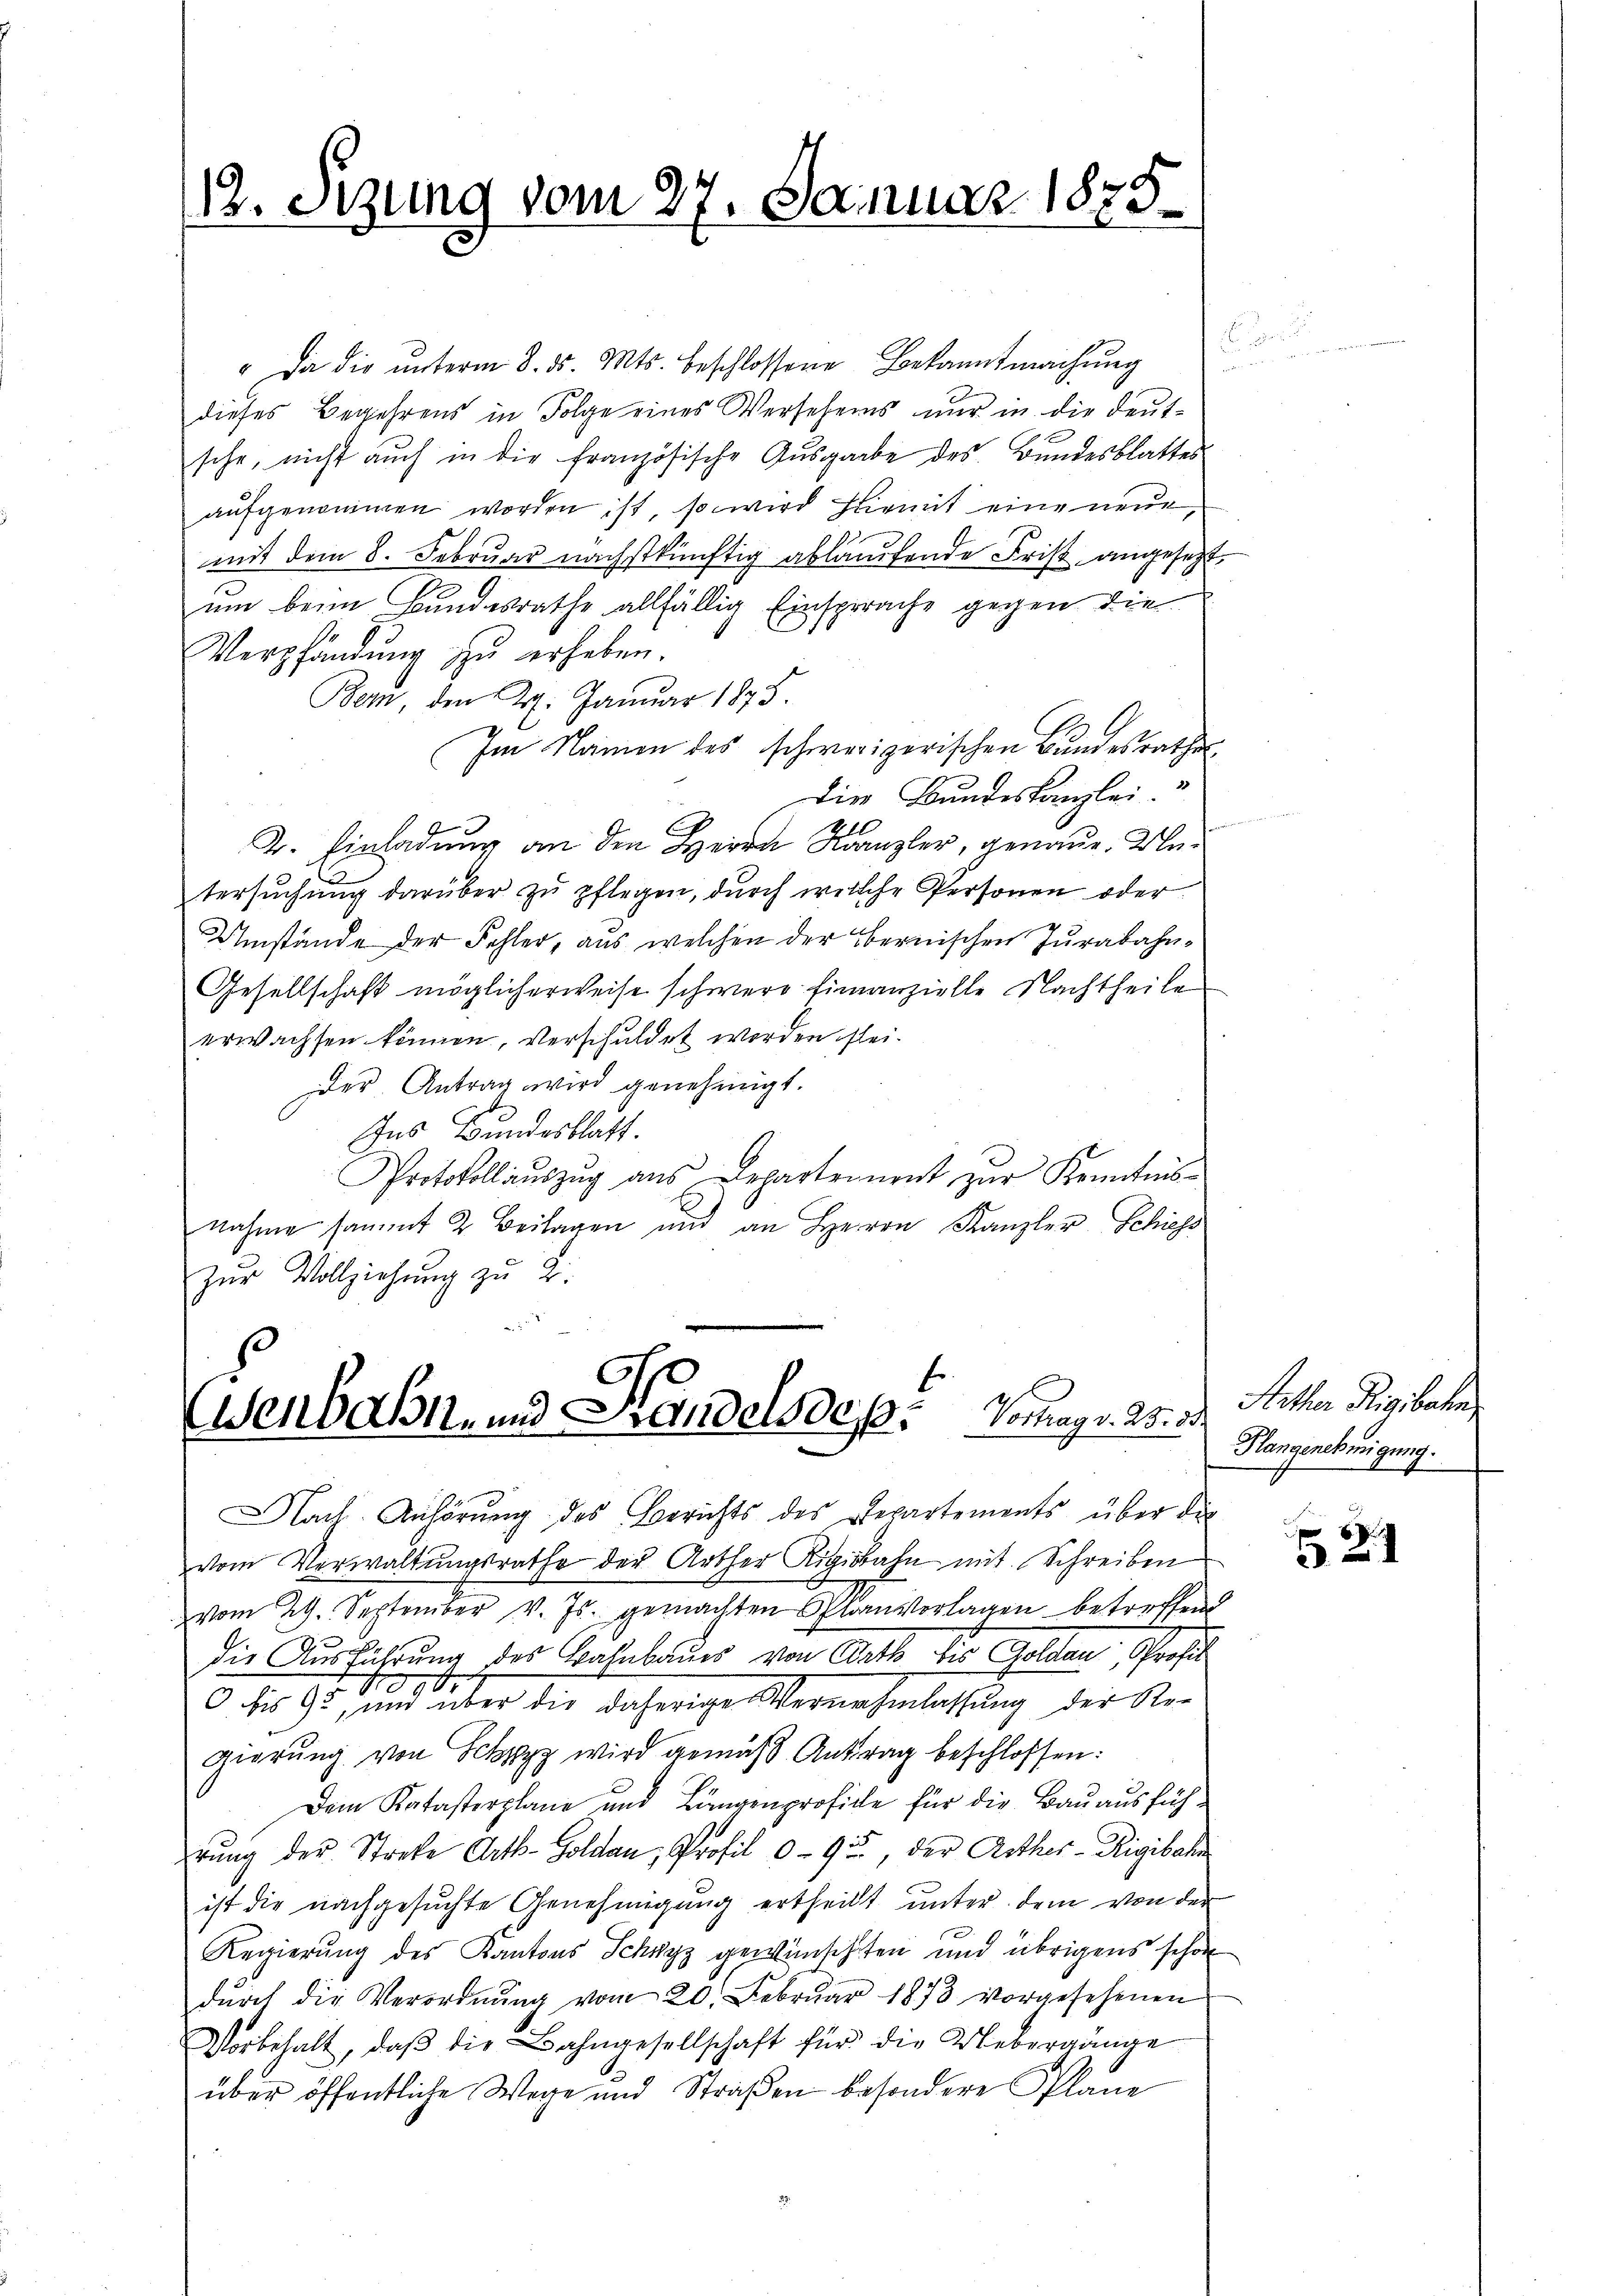
12. Sitzung vom 27. Januar 1875.

e
" Da die ŭnterm 8. ds. Mts. beschlossene Bekanntmachŭng
dieses Begehrens in Folge eines Versehens nur in die deutsche, nicht auch in die französische Ausgabe des Bundesblattes
aufgenommen worden ist, so wird hiemit eine neue
mit dem 8. Februar nächstkünftig ablaufende Frist angesezt.
um beim Bundesrathe allfällig Einsprache gegen die
Verpfändung zŭ erheben.
Bem, den 24. Januar 1875.
Im Namen des schwerigerischen Bundesrathes
Die Bundeskanzlei.
2. Einladung an den Herrn Kanzler, genaue Untersŭchŭng darüber zu pflegen, durch welche Personen oder
4
Umstände der Fehler, aus welchen der Obernischen Jurabahn¬
Gesellschaft möglicherweise schwere finanzielle Nachtheile
erwachsen können, verschuldet werden fleider Antrag wird genehmigt.
Ins Bundesblatt.
Protokollaŭszŭg aŭs Departement zŭr Kenntnis
nahme sammt 2. Beilagen und an Herrn Kanzler Schiess
zŭr Vollziehŭng zu 2.

Esenbahn- und Handelsdep. Vermag. 23. 3.

Nach Anhörung des Berichts des Departements über die
vom Verwaltungsrathe der Arther Rigibahn mit Schreiben
vom 29. September v. Js. gemachten Planvorlagen betreffend
die Ausführung des Bahnbaues von Rath bis Goldau, Profis
 bis 95, und über die daherige Vernehmlassung der Re-
gierung von Schwyz wird gemäß Antrag beschlossen:
Dem Katasterplane und Lungenprofice für die Bauausfüherŭng der Streke Arth-Goldau, Profil 095, der Anther-Rigibahn
ist die nachgesuchte Genehmigung ertheilt unter dem von der
Regierung des Kantons Schwyz gewünschten und übrigens schon
dŭrch die Verordnŭng vom 20. Febrŭar 1873 vorgesehenen
Vorbehalt, daβ die Bahngesellschaft für die Uebergänge
über öffentliche Wege und Straβen besondere Plane

e

Aether Rigibahn
Klangenehmigung.

21